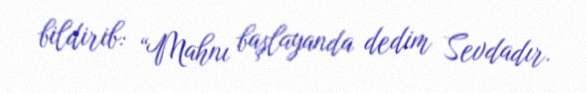
bildirib: “Mahnı başlayanda dedim Sevdadır.